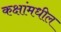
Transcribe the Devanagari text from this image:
कक्षांमधील